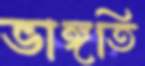
ভাঙ্গতি